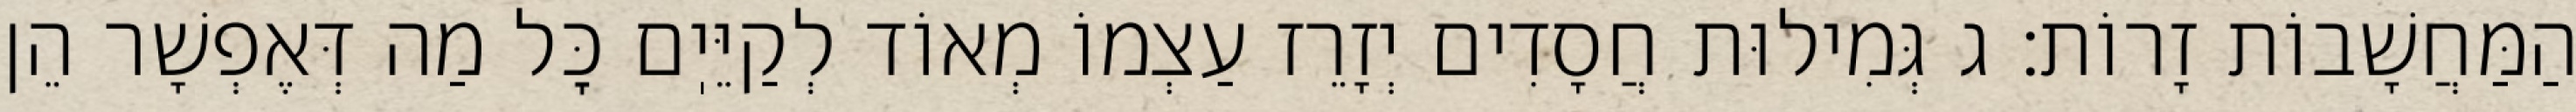
הַמַּחֲשָׁבוֹת זָרוֹת: ג גְּמִילוּת חֲסָדִים יְזָרֵז עַצְמוֹ מְאוֹד לְקַיֵּיֽם כׇּל מַה דְּאֶפְשָׁר הֵן